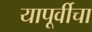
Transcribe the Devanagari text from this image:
यापूर्वीचा